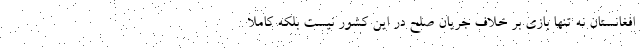
افغانستان نه تنها بازی بر خلاف جریان صلح در این کشور نیست بلکه کاملا